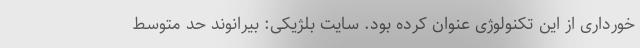
خورداری از این تکنولوژی عنوان کرده بود. سایت بلژیکی: بیرانوند حد متوسط